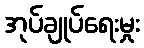
အုပ်ချုပ်ရေးမှုး